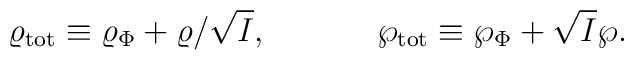
\varrho_{\rm tot}\equiv\varrho_{\Phi}+\varrho/\sqrt{I},\ \ \ \ \ \ \ \ \ \ \wp_{\rm tot}\equiv\wp_{\Phi}+\sqrt{I}\wp.